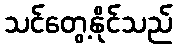
သင်တွေ့နိုင်သည်